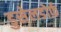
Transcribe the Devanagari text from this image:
डुसेलडोर्फ़